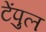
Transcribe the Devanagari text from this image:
टेंपुल